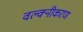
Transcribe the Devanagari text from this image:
वल्क्नीकरण